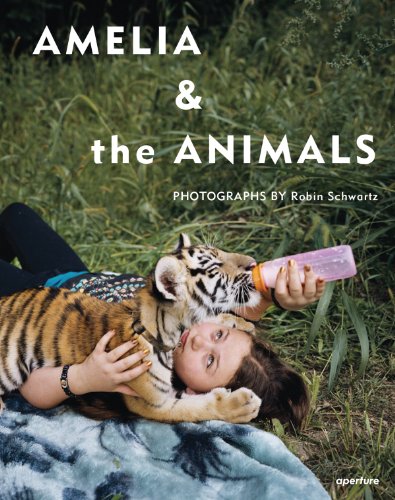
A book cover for Robin Schwartz: Amelia and the Animals; Arts & Photography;